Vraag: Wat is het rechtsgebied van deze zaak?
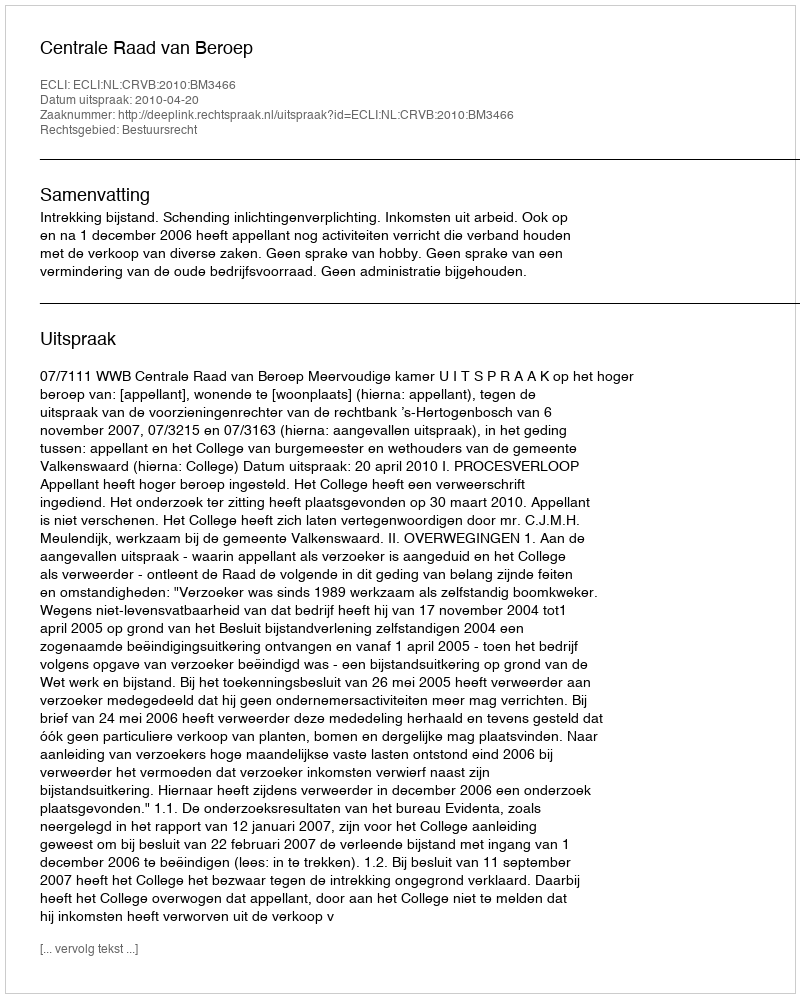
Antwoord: Bestuursrecht